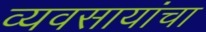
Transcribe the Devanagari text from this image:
व्यवसायांचा